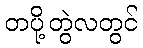
တပို့တွဲလတွင်